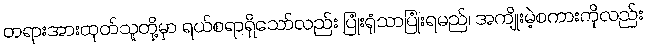
တရားအားထုတ်သူတို့မှာ ရယ်စရာရှိသော်လည်း ပြုံးရုံသာပြုံးရမည်၊ အကျိုးမဲ့စကားကိုလည်း